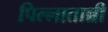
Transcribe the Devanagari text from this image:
पिल्लातान्नी